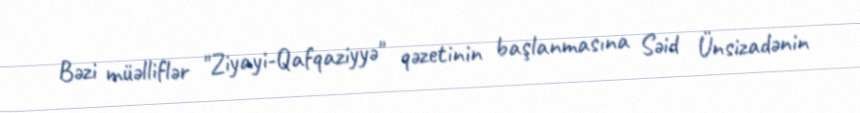
Bəzi müəlliflər "Ziyayi-Qafqaziyyə" qəzetinin başlanmasına Səid Ünsizadənin